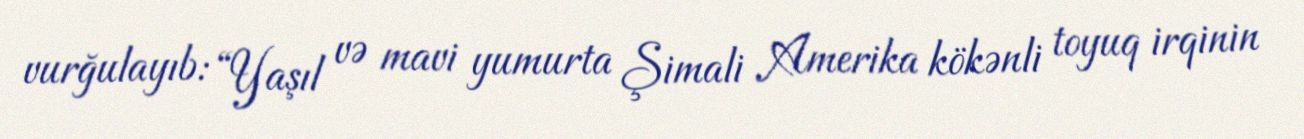
vurğulayıb: “Yaşıl və mavi yumurta Şimali Amerika kökənli toyuq irqinin